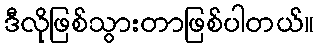
ဒီလိုဖြစ်သွားတာဖြစ်ပါတယ်။